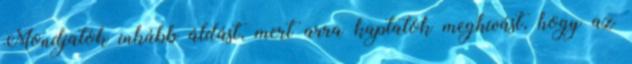
Mondjatok inkább áldást, mert arra kaptatok meghívást, hogy az